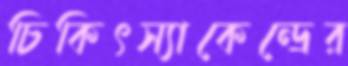
চিকিৎস্যাকেন্দ্রের